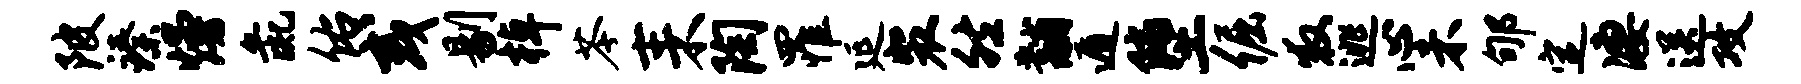
陂臻熳彘佑或剔棹苓耒陶罹延裴然黼遁堕倔救逃心未郇定凄送攻